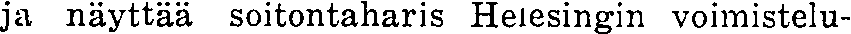
ja näyttää soitontaharis Helesingin voimistelu-